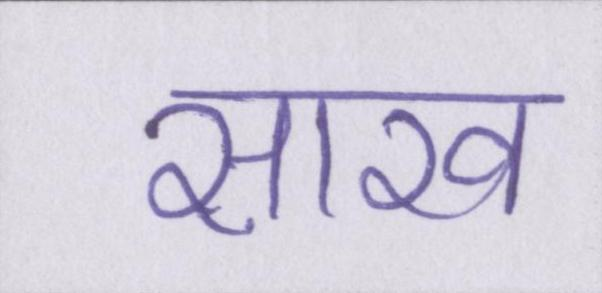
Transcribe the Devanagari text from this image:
साख